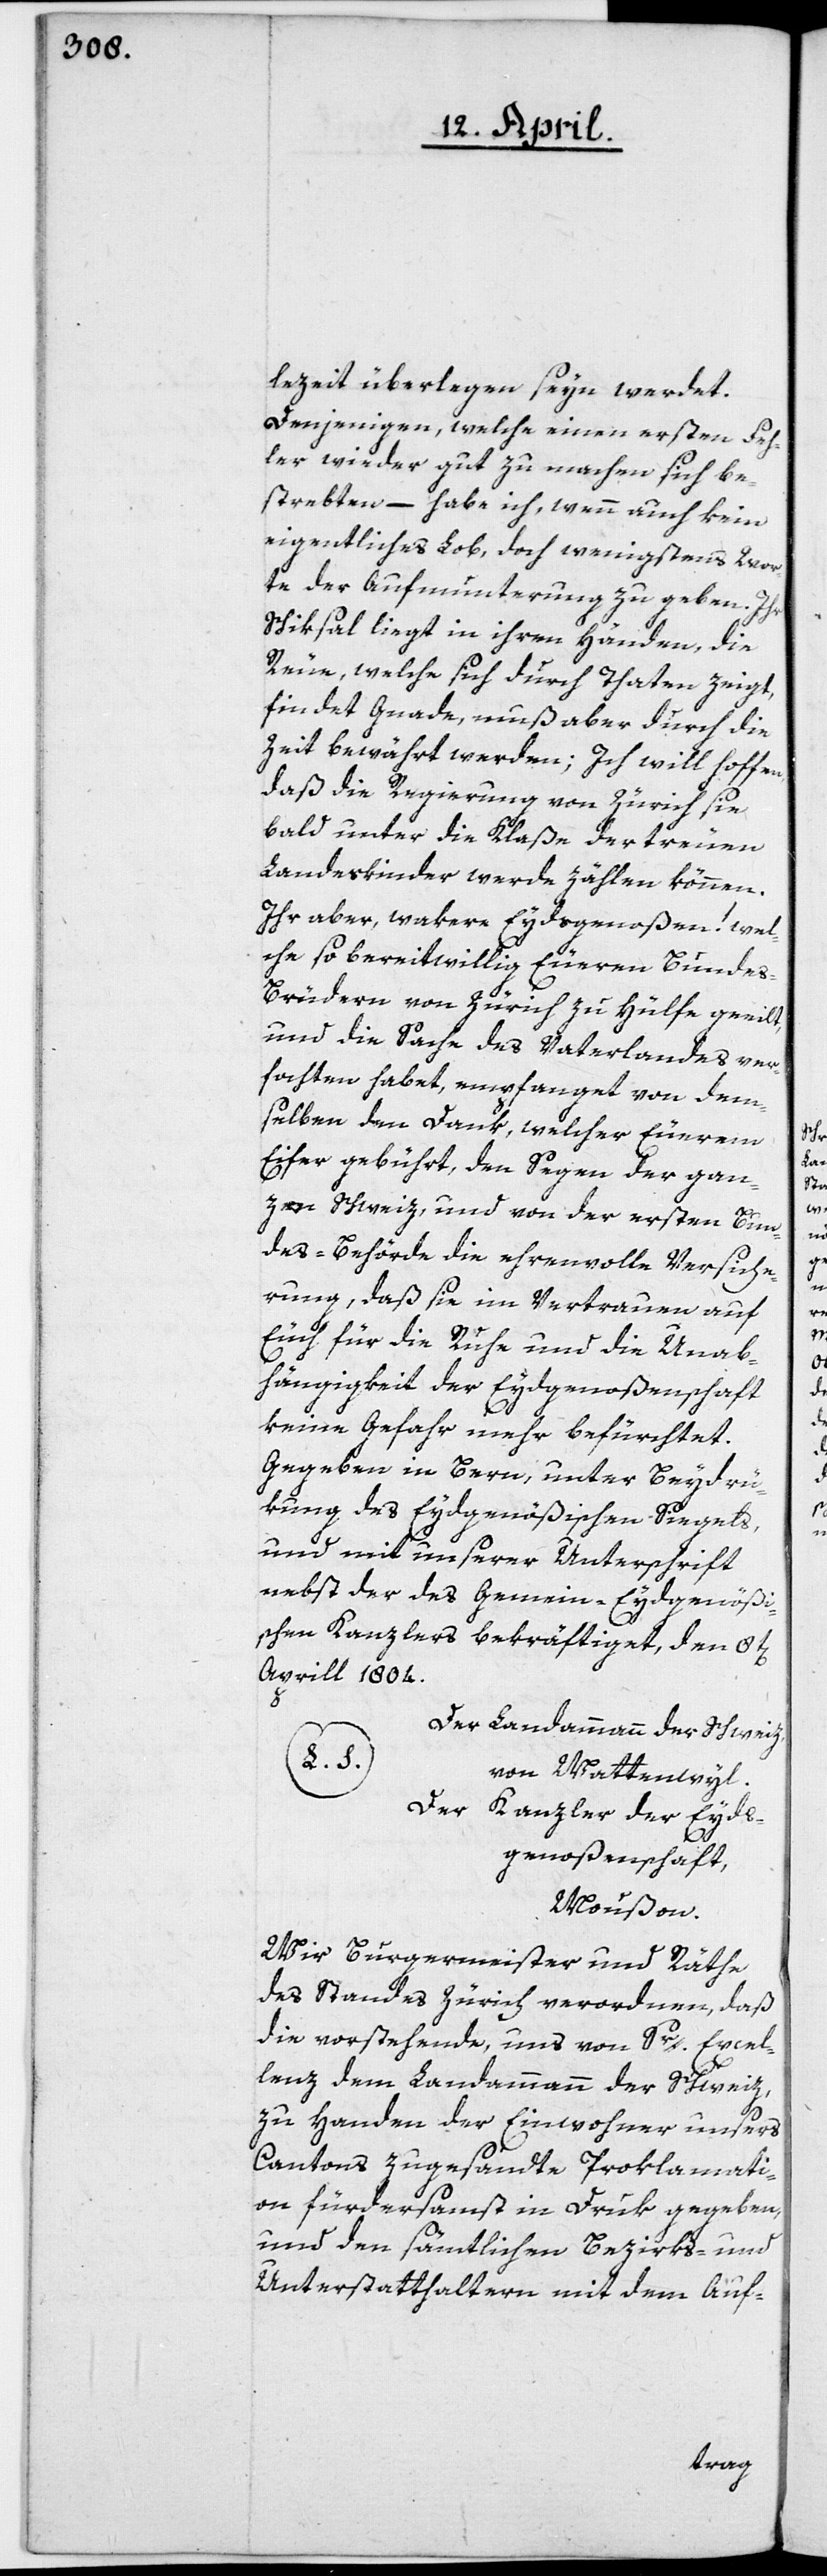
lezeit überlegen seyn werdet.
Denjenigen, welche einen ersten Feh¬
ler wieder gut zu machen sich be¬
strebten, – habe ich, wenn auch kein
eigentliches Lob, doch wenigstens Wor¬
te der Aufmunterung zu geben. Ihr
Schiksal liegt in ihren Händen, die
Reue, welche sich durch Thaten zeigt,
findet Gnade, muß aber durch die
Zeit bewährt werden. Ich will hoffen,
daß die Regierung von Zürich sie
bald unter die Klaße der treuen
Landeskinder werde zählen können.
Ihr aber, wakere Eydsgenoßen! wel¬
che so bereitwillig Eueren Bundes-B¬
rüdern von Zürich zu Hülfe geeilt,
und die Sache des Vaterlandes ver¬
fochten habet, empfanget von dem¬
selben den Dank, welcher Euerem
Eifer gebührt, den Segen der gan¬
zen Schweiz, und von der ersten Bun¬
des-Behörde die ehrenvolle Versiche¬
rung, daß sie im Vertrauen auf
Euch für die Ruhe und die Unab¬
hängigkeit der Eydgenoßenschaft
keine Gefahr mehr befürchtet.
Gegeben in Bern, unter Beydrü¬
kung des Eydgenößischen Siegels,
und mit unserer Unterschrift
nebst der des Gemein-Eydgenößi¬
schen Kanzlers bekräftiget, den
Aprill 1804.
Der Landammann der Schweiz,
L. L.
von Wattenwyl.
Der Kanzler der Eyds¬
genoßenschaft,
Mousson.
Wir Burgermeister und Räthe
des Standes Zürich verordnen, daß
die vorstehende, uns von Sr Excel¬
lenz dem Landammann der Schweiz,
zu Handen der Einwohner unsers
Cantons zugesandte Proklamati¬
on fürdersamst in Druk gegeben,
und den sämtlichen Bezirks- und
Unterstatthalteren mit dem Auf-